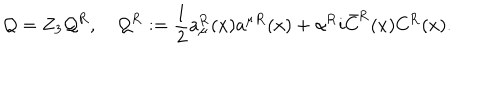
LaTeX: \mathcal { Q } = Z _ { 3 } \mathcal { Q } ^ { \mathrm { R } } , \quad \mathcal { Q } ^ { \mathrm { R } } : = { \frac { 1 } { 2 } } a _ { \mu } ^ { \mathrm { R } } ( x ) a ^ { \mu } { } ^ { \mathrm { R } } ( x ) + \alpha ^ { \mathrm { R } } i \bar { C } ^ { \mathrm { R } } ( x ) C ^ { \mathrm { R } } ( x ) .